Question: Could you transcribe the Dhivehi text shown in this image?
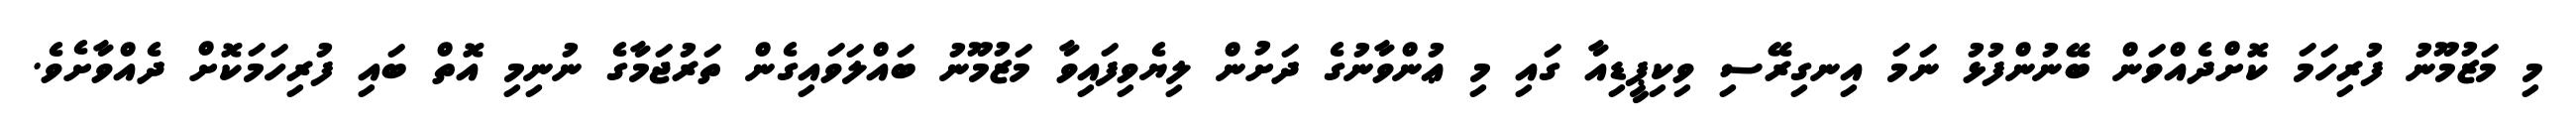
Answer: މި މަޒުމޫނު ފުރިހަމަ ކޮށްދެއްވަން ބޭނުންފުޅު ނަމަ އިނގިރޭސި ވިކިޕީޑިއާ ގައި މި ޢުންވާނުގެ ދަށުން ލިޔެވިފައިވާ މަޒުމޫނު ބައްލަވައިގެން ތަރުޖަމާގެ ނުނިމި އޮތް ބައި ފުރިހަމަކޮށް ދެއްވާށެވެ.